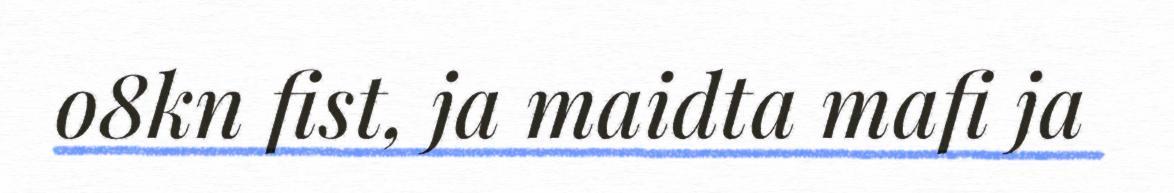
o8kn fist, ja maidta mafi ja